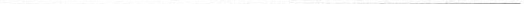
___